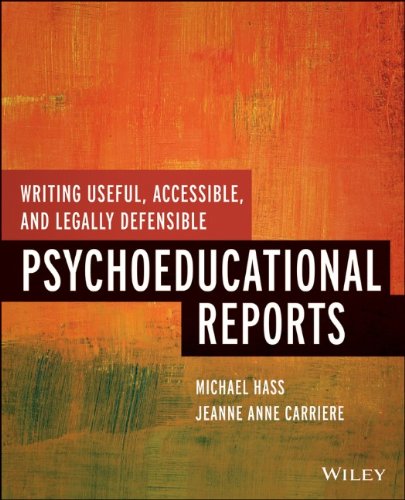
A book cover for Writing Useful, Accessible, and Legally Defensible Psychoeducational Reports; Michael Hass; Medical Books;